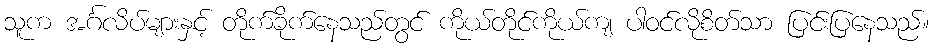
သူက အင်္ဂလိပ်များနှင့် တိုက်ခိုက်နေသည်တွင် ကိုယ်တိုင်ကိုယ်ကျ ပါဝင်လိုစိတ်သာ ပြင်းပြနေသည်။